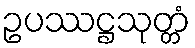
ဥပဿဋ္ဌသုတ္တံ